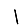
Digit: 1